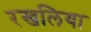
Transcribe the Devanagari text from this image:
रखलिया